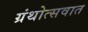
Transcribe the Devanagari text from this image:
ग्रंथोत्सवात